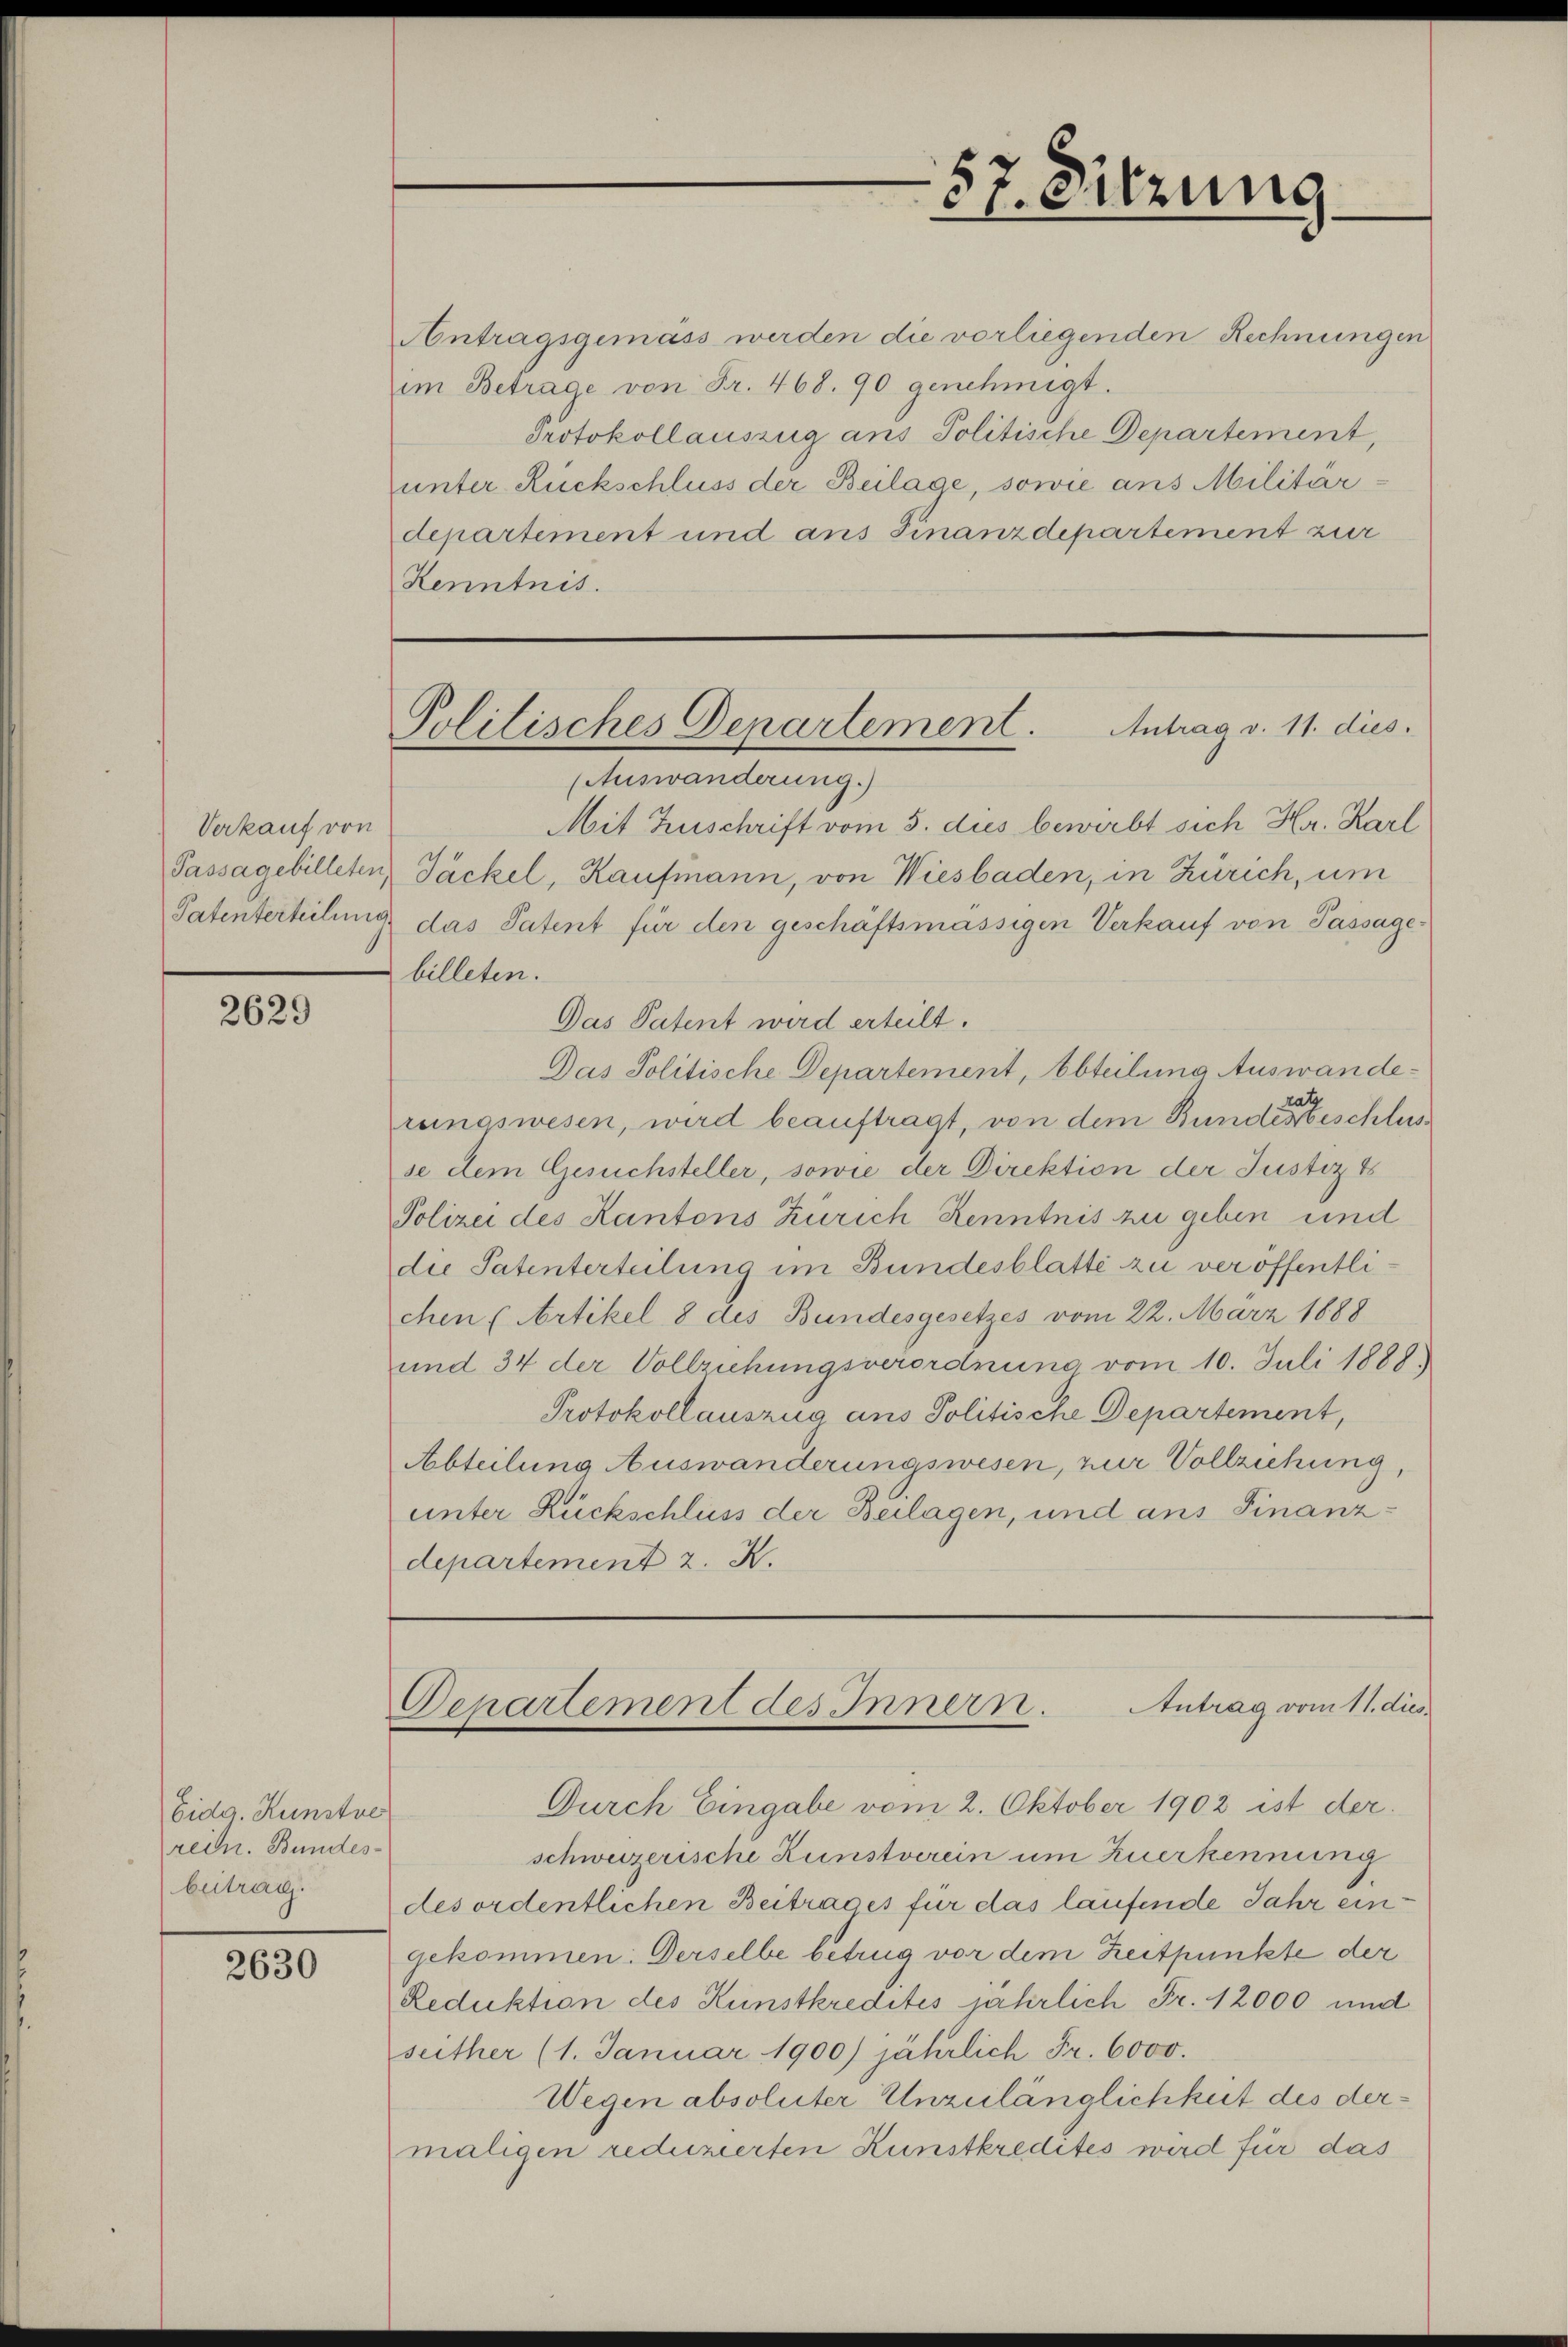
Verkauf von

2629

Eidg. Kunstve
rein. Bundesbeitrag.

2630

Antragsgemäss werden die vorliegenden Rechnungen
im Betrage von Fr. 468. 90 genehmigt.
Protokollauszug aus Politische Departement,
unter Rückschluss der Beilage, sowie ans Militärdepartement und ans Finanzdepartement zur
Kenntnis.

(Auswanderung.)
Mit Zuschrift vom 3. dus bewirbt sich Hr. Karl
Passagebilleten, Jäckel, Kaufmann, von Wiesbaden, in Zürich, um
Patenterteilung das Patent für den geschäftsmässigen Verkauf von Passage-
billeten.
Das Patent wird erteilt.
Das Politische Departement, Abteilung Auswanderungswesen, wird beauftragt, von dem Bundere beschlusse dem Gesuchsteller, sowie der Direktion der Justiz &
Polizei des Kantons Zürich Kenntnis zu geben und
die Patenterteilung im Bundesblatte zu veröffentlichen (Artikel 8 des Bundesgesetzes vom 22. März 1888
und 34 der Vollziehungsverordnung vom 10. Juli 1889
Protokollauszug aus Politische Departement,
Abteilung Auswanderungswesen, zur Vollziehung,
unter Rückschluss der Beilagen, und ans Finanzdepartement 2. X.

57. Sitzung

Antrag v. 11. dies
Politisches Departement.

Antrag vom 11. dies
Departement des Innern.

Durch Eingabe vom 2. Oktober 1902 ist der
schweizerische Kunstverein um zuerkennung
des ordentlichen Beitrages für das laufende Jahr eingekommen: Derselbe betrug vor dem Zeitpunkte der
Reduktion des Kunstkredites jährlich Fr. 12000 und
seither (1. Januar 1900) jährlich Fr. 6000.
Wegen absoluter Unzulänglichkeit des dermaligen reduzierten Kunstkredites wird für das